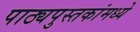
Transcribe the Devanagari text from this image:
पाठ्यपुस्तकांमध्ये